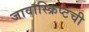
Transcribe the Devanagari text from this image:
जावास्क्रिप्टची